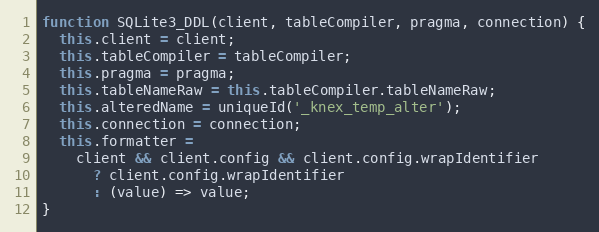
Language: JavaScript
function SQLite3_DDL(client, tableCompiler, pragma, connection) {
  this.client = client;
  this.tableCompiler = tableCompiler;
  this.pragma = pragma;
  this.tableNameRaw = this.tableCompiler.tableNameRaw;
  this.alteredName = uniqueId('_knex_temp_alter');
  this.connection = connection;
  this.formatter =
    client && client.config && client.config.wrapIdentifier
      ? client.config.wrapIdentifier
      : (value) => value;
}